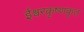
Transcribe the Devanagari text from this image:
ईश्वरकृष्णकृत